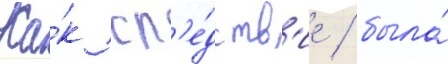
Ка́к сл'е́дств'ие / была́